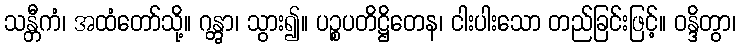
သန္တီကံ၊ အထံတော်သို့။ ဂန္တွာ၊ သွား၍။ ပဉ္စပတိဋ္ဌိတေန၊ ငါးပါးသော တည်ခြင်းဖြင့်။ ဝန္ဒိတွာ၊